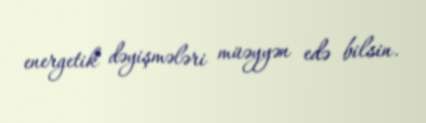
energetik dəyişmələri müəyyən edə bilsin.